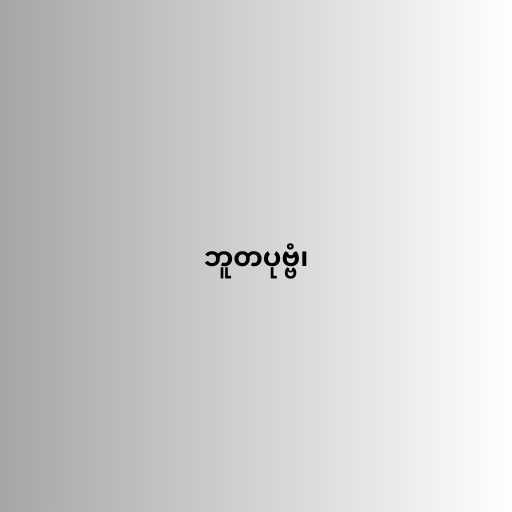
ဘူတပုဗ္ဗံ၊